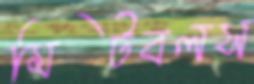
মিটবলস